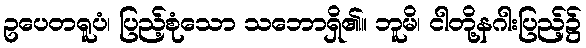
ဥပေတရူပံ၊ ပြည့်စုံသော သဘောရှိ၏။ ဘူမိ၊ ငါတို့နဂါးပြည့်၌